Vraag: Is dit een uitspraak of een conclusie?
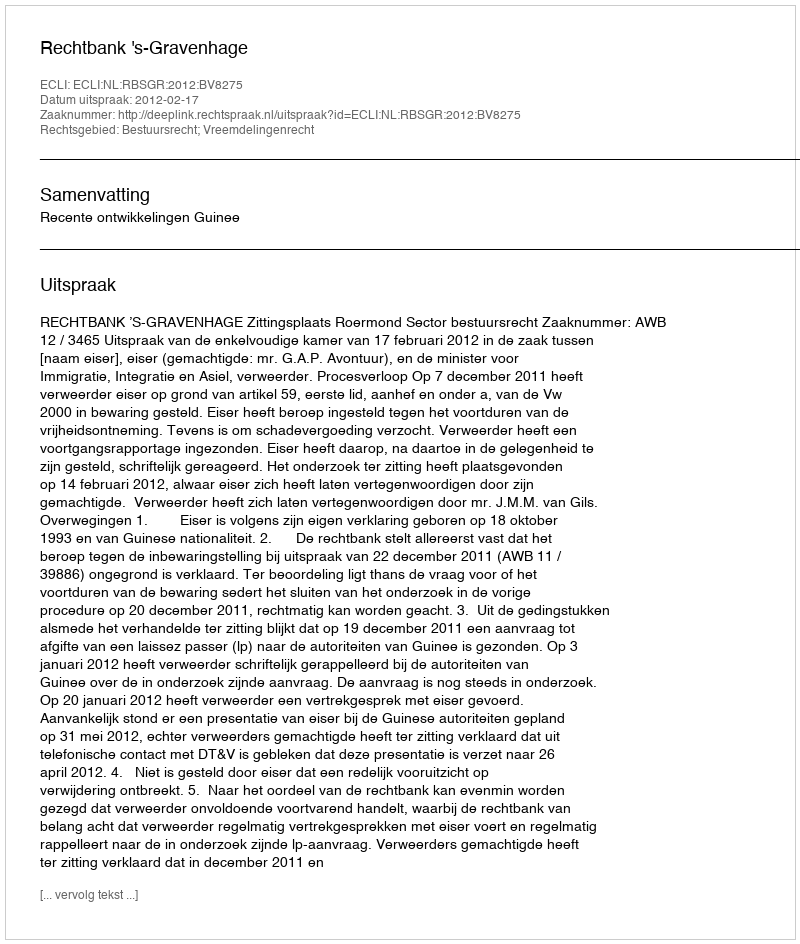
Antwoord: Uitspraak